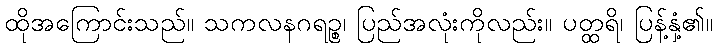
ထိုအကြောင်းသည်။ သကလနဂရဉ္စ၊ ပြည်အလုံးကိုလည်း။ ပတ္ထရိ၊ ပြန့်နှံ့၏။